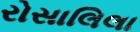
રોસાલિલા